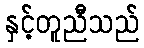
နှင့်တူညီသည်